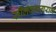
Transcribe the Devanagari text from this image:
सीलवनागराज